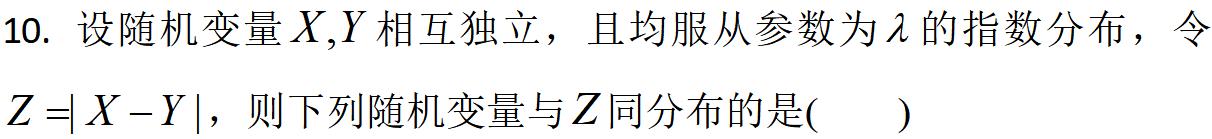
10. 设随机变量$X,Y$相互独立，且均服从参数为$\lambda$的指数分布，令$Z = |X - Y|$，则下列随机变量与$Z$同分布的是( )